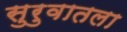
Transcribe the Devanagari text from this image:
सुरुवातला